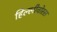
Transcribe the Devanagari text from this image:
हिल्लीवोरस